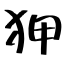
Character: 狎